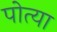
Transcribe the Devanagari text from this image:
पोत्या